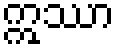
ဣဿာ